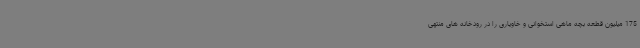
175 میلیون قطعه بچه ماهی استخوانی و خاویاری را در رودخانه های منتهی